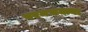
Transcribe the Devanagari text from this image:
परमभक्त्या